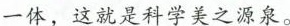
一体，这就是科学美之源泉。